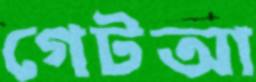
গেটআ